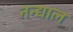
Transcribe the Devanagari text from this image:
नन्द्याल